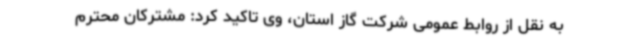
به نقل از روابط عمومی شرکت گاز استان، وی تاکید کرد: مشترکان محترم